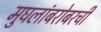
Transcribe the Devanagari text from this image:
मुघलांबरोबरची